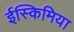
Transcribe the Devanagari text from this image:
ईस्किमिया